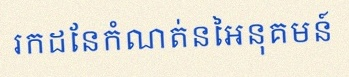
រកដែនកំណត់នៃអនុគមន៍